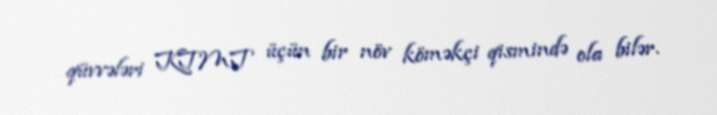
qüvvələri KTMT üçün bir növ köməkçi qismində ola bilər.